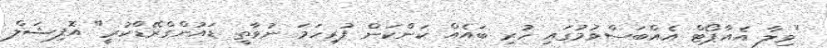
"ވިލާ އެއާޕޯޓް އެއްބަސްވުމުގައި ހުރި ބައެއް ކަންކަން ފުރިހަމަ ނުވާތީ ޑައުންގްރޭޑްކުރީ" އޮފިޝަލް